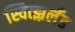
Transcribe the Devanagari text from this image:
स्वित्झ्रर्लँड